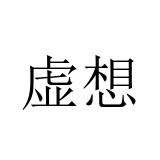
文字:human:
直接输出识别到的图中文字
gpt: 虚想